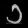
Digit: ၁